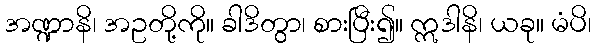
အဏ္ဍာနိ၊ အဥတို့ကို။ ခါဒိတွာ၊ စားပြီး၍။ ဣဒါနိ၊ ယခု။ မံပိ၊